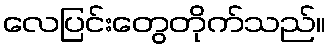
လေပြင်းတွေတိုက်သည်။